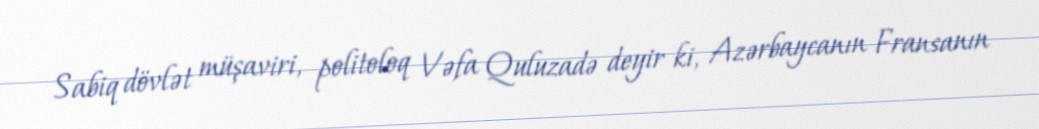
Sabiq dövlət müşaviri, politoloq Vəfa Quluzadə deyir ki, Azərbaycanın Fransanın